Indian journal of veterinary science and animal husbandry - Volume 4,
Year: 1934
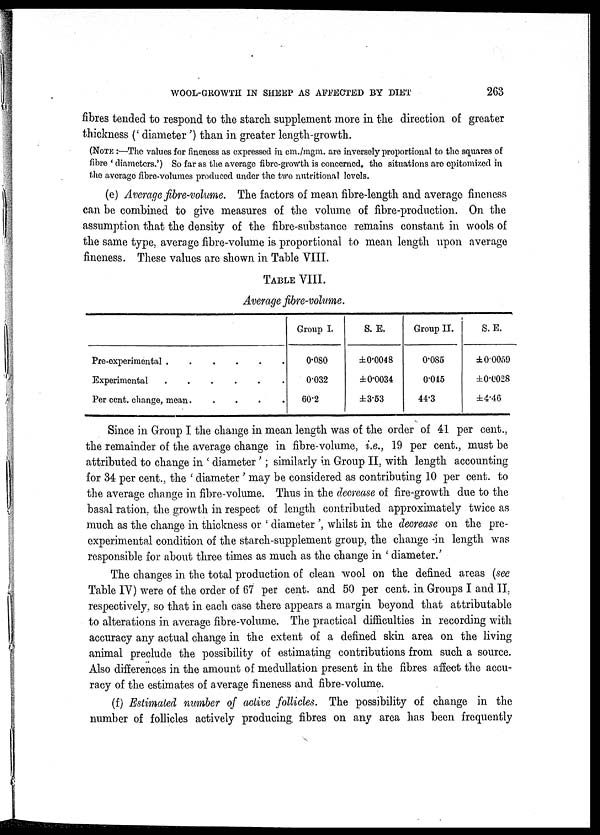
WOOL-GROWTH IN SHEEP AS AFFECTED BY DIET
263
fibres tended to respond to the starch supplement more in the direction of greater
thickness (' diameter ') than in greater length-growth.
(NOTE :—The values for fineness as expressed in cm./mgm. are inversely proportional to the squares of
fibre ' diameters.') So far as the average fibre-growth is concerned, the situations are epitomized in
the average fibre-volumes produced under the two nutritional levels.
(e) Average fibre-volume. The factors of mean fibre-length and average fineness
can be combined to give measures of the volume of fibre-production. On the
assumption that the density of the fibre-substance remains constant in wools of
the same type, average fibre-volume is proportional to mean length upon average
fineness. These values are shown in Table VIII.
TABLE VIII.
Average fibre-volume.
Pre-experimental . . . . . . .
Experimental . . . . . . .
Per cent. change, mean.
.
.
.
.
Group I.
0.080
0.032
60.2
S. E.
±0.0048
±0.0034
±3.53
Group II.
0.085
0.045
44.3
S. E.
±0.0059
±0.0028
±4.46
Since in Group I the change in mean length was of the order of 41 per cent.,
the remainder of the average change in fibre-volume, i.e., 19 per cent., must be
attributed to change in ' diameter '; similarly in Group II, with length accounting
for 34 per cent., the ' diameter ' may be considered as contributing 10 per cent. to
the average change in fibre-volume. Thus in the decrease of fire-growth due to the
basal ration, the growth in respect of length contributed approximately twice as
much as the change in thickness or ' diameter ', whilst in the decrease on the pre-
experimental condition of the starch-supplement group, the change in length was
responsible for about three times as much as the change in ' diameter'
The changes in the total production of clean wool on the defined areas (see
Table IV) were of the order of 67 per cent. and 50 per cent. in Groups I and II,
respectively, so that in each case there appears a margin beyond that attributable
to alterations in average fibre-volume. The practical difficulties in recording with
accuracy any actual change in the extent of a defined skin area on the living
animal preclude the possibility of estimating contributions from such a source.
Also differences in the amount of medullation present in the fibres affect the accu-
racy of the estimates of average fineness and fibre-volume.
(f) Estimated number of active follicles. The possibility of change in the
number of follicles actively producing fibres on any area has been frequently